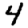
Digit: 4